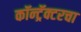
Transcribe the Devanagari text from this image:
कॉन्ट्रॅक्टरचा